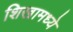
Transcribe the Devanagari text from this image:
शिखामध्ये